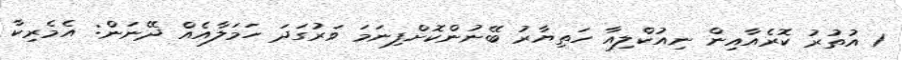
1 އުތުރު ކޮރެއާއިން ނިއުކްލިއާ ހަތިޔާރު ބޭނުންކޮށްފިނަމަ ވަރުގަދަ ހަމަލާއެއް ދޭނަން: އެމެރިކާ